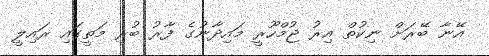
އޭނާ ބޭރަށް ނިކުތް އިރު ޖުމްހޫރީ މައިދާނުގެ ފާރު ބުރި މަތީގައި ރައިލީ